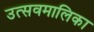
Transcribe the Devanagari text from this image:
उत्सवमालिका